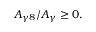
A _ { \gamma 8 } / A _ { \gamma } \geq 0 .